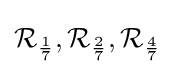
{\mathcal {R}}_{\frac {1}{7}},{\mathcal {R}}_{\frac {2}{7}},{\mathcal {R}}_{\frac {4}{7}}